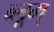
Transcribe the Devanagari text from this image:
ब्लूम्